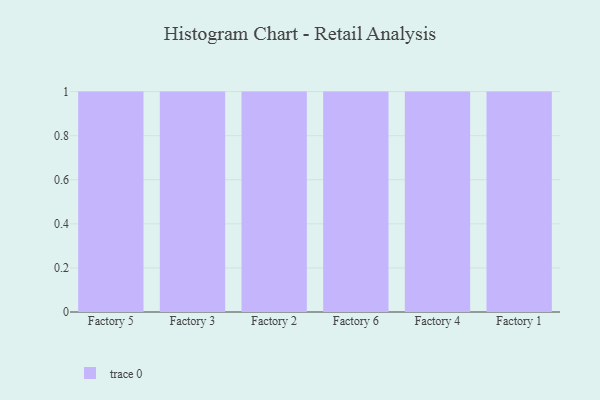
{"axis": {"x": "Factory", "y": "Customer Acquisition Cost (USD)"}, "legend": [""], "data": [{"x": "Factory 5", "y": 20, "type": ""}, {"x": "Factory 3", "y": 4, "type": ""}, {"x": "Factory 2", "y": 26, "type": ""}, {"x": "Factory 6", "y": 31, "type": ""}, {"x": "Factory 4", "y": 83, "type": ""}, {"x": "Factory 1", "y": 57, "type": ""}]}